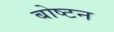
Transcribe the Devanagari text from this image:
बोष्टन